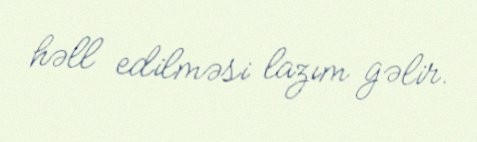
həll edilməsi lazım gəlir.